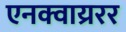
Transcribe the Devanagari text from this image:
एनक्वाय्ररर